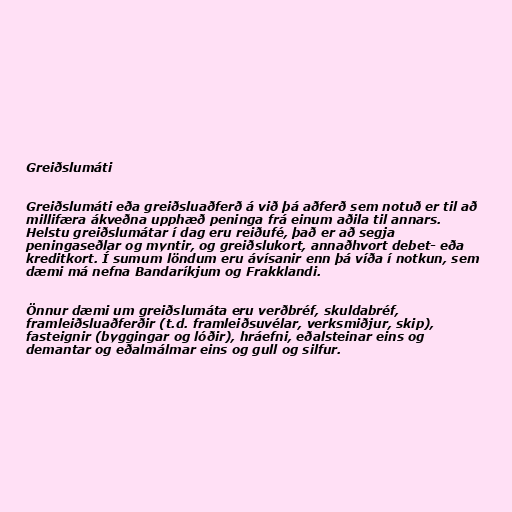
Greiðslumáti

Greiðslumáti eða greiðsluaðferð á við þá aðferð sem notuð er til að
millifæra ákveðna upphæð peninga frá einum aðila til annars.
Helstu greiðslumátar í dag eru reiðufé, það er að segja
peningaseðlar og myntir, og greiðslukort, annaðhvort debet- eða
kreditkort. Í sumum löndum eru ávísanir enn þá víða í notkun, sem
dæmi má nefna Bandaríkjum og Frakklandi.

Önnur dæmi um greiðslumáta eru verðbréf, skuldabréf,
framleiðsluaðferðir (t.d. framleiðsuvélar, verksmiðjur, skip),
fasteignir (byggingar og lóðir), hráefni, eðalsteinar eins og
demantar og eðalmálmar eins og gull og silfur.